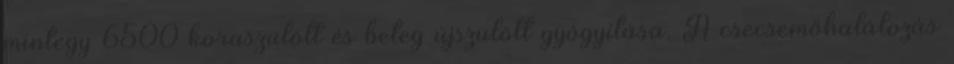
mintegy 6500 koraszülött és beteg újszülött gyógyítása. A csecsemőhalálozás